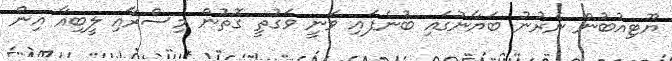
ޔޫޓިއުބުން ނެރުނު ބަޔާނުގައި ބުނެފައި ވަނީ ވަގުތީ ގޮތުން މިސްރާއި ލީބިއާ އިން